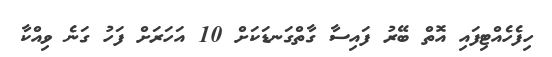
ހިފެހެއްޓިފައި އޮތް ބޭރު ފައިސާ ގާތްގަނޑަކަށް 10 އަހަރަށް ފަހު ގަނެ ވިއްކާ